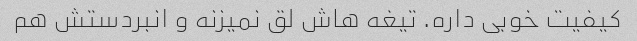
کیفیت خوبی داره. تیغه هاش لق نمیزنه و انبردستش هم